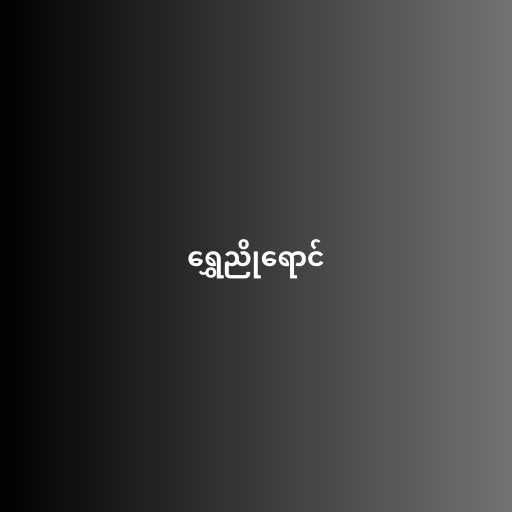
ရွှေညိုရောင်